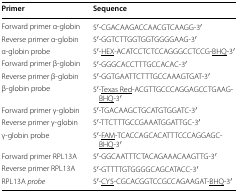
<table><thead><tr><td><b>Primer</b></td><td><b>Sequence</b></td></tr></thead><tbody><tr><td>Forward primer α-globin</td><td>5′-CGACAAGACCAACGTCAAGG-3′</td></tr><tr><td>Reverse primer α-globin</td><td>5′-GGTCTTGGTGGTGGGGAAG-3′</td></tr><tr><td>α-globin probe</td><td>5′-<underline>HEX</underline>-ACATCCTCTCCAGGGCCTCCG-<underline>BHQ</underline>-3′</td></tr><tr><td>Forward primer β-globin</td><td>5′-GGGCACCTTTGCCACAC-3′</td></tr><tr><td>Reverse primer β-globin</td><td>5′-GGTGAATTCTTTGCCAAAGTGAT-3′</td></tr><tr><td>β-globin probe</td><td>5′-<underline>Texas Red</underline>-ACGTTGCCCAGGAGCCTGAAG-<underline>BHQ</underline>-3′</td></tr><tr><td>Forward primer γ-globin</td><td>5′-TGACAAGCTGCATGTGGATC-3′</td></tr><tr><td>Reverse primer γ-globin</td><td>5′-TTCTTTGCCGAAATGGATTGC-3′</td></tr><tr><td>γ-globin probe</td><td>5′-<underline>FAM</underline>-TCACCAGCACATTTCCCAGGAGC-<underline>BHQ</underline>-3′</td></tr><tr><td>Forward primer RPL13A</td><td>5′-GGCAATTTCTACAGAAACAAGTTG-3′</td></tr><tr><td>Reverse primer RPL13A</td><td>5′-GTTTTGTGGGGCAGCATACC-3′</td></tr><tr><td>RPL13A <i>probe</i></td><td>5′-<underline>CY5</underline>-CGCACGGTCCGCCAGAAGAT-<underline>BHQ</underline>-3′</td></tr></tbody></table>